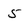
Character: 5